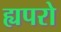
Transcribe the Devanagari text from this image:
ह्यपरो